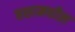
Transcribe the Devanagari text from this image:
घशामधील